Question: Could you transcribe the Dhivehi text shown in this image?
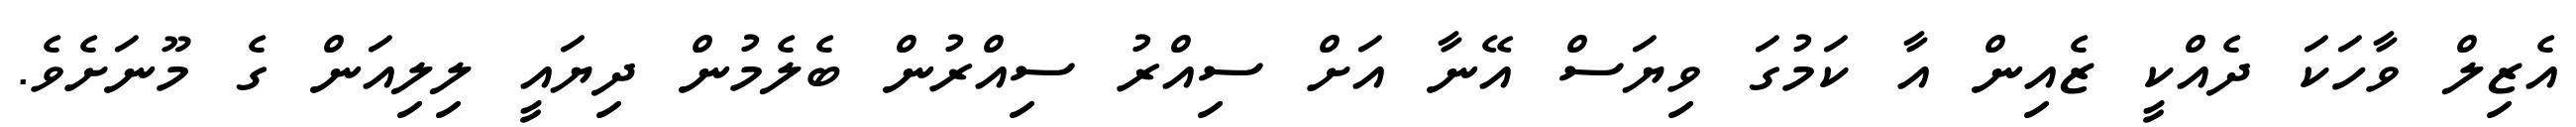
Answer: އެޒިލް ވާހަކަ ދެއްކީ ޒެއިން އާ ކަމުގަ ވިޔަސް އޭނާ އަށް ސިއްރު ސިއްރުން ބެލެމުން ދިޔައީ ލިލިއަން ގެ މޫނަށެވެ.